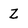
Character: z